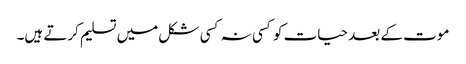
موت کے بعد حیات کو کسی نہ کسی شکل میں تسلیم کرتے ہیں۔